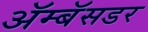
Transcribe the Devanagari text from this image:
ॲम्बॅसडर